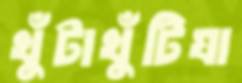
খুঁটাখুঁটিযা